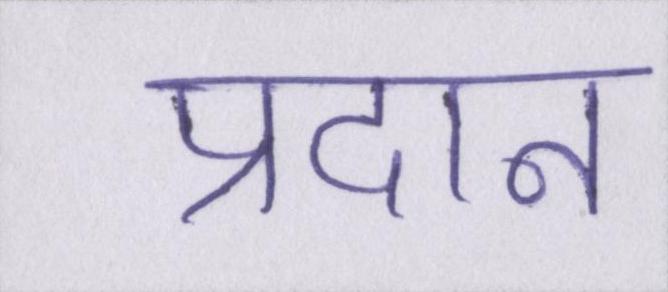
प्रदान